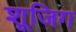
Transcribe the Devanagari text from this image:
शूजिग